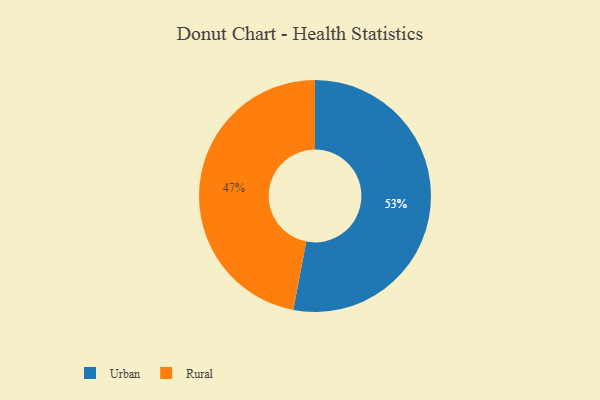
{"axis": {"x": "Category", "y": "Percentage"}, "legend": ["Rural", "Urban"], "data": [{"x": "Urban", "y": 53, "type": "Urban"}, {"x": "Rural", "y": 47, "type": "Rural"}]}